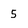
Character: 5